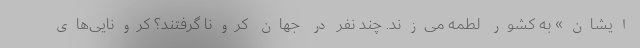
ایشان» به کشور لطمه می‌زند. چند نفر در جهان کرونا گرفتند؟ کرونایی‌های